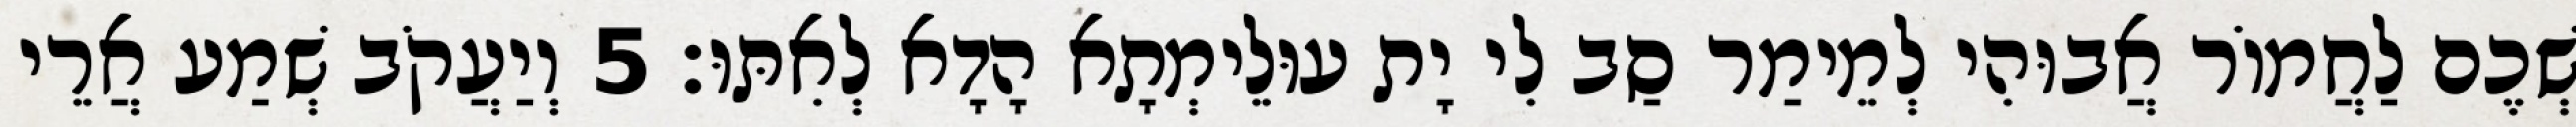
שְׁכֶם לַחֲמוֹר אֲבוּהִי לְמֵימַר סַב לִי יָת עוּלֵימְתָא הָדָא לְאִתּוּ׃ 5 וְיַעֲקֹב שְׁמַע אֲרֵי